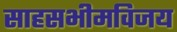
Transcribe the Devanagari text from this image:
साहसभीमविजय